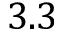
3 . 3